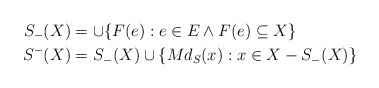
\begin{align*}S_{-}(X)& =\cup \{F(e):e\in E\wedge F(e)\subseteq X\} \\S^{-}(X)& =S_{-}(X)\cup \{Md_{S}(x):x\in X-S_{-}(X)\}\end{align*}